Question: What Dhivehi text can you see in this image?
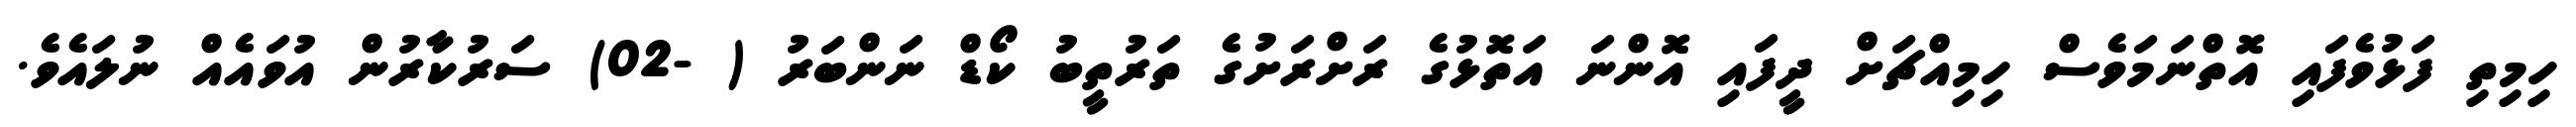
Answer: ހިމިތި ފަޅުވެފައި އޮތްނަމަވެސް ހިމިއްޗަށް ދީފައި އޮންނަ އަތޮޅުގެ ރަށްރަށުގެ ތަރުތީބު ކޯޑް ނަންބަރު ( -02) ސަރުކާރުން އުވައެއް ނުލައެވެ.